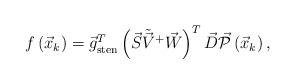
LaTeX: \begin{align*}f\left(\vec{x}_{k}\right)=\vec{g}_{\mathrm{sten}}^{T}\left(\vec{S}\tilde{\vec{V}}^{+}\vec{W}\right)^{T}\vec{D}\vec{\mathcal{P}}\left(\vec{x}_{k}\right),\end{align*}